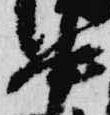
中